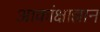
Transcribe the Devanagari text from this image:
आकांक्षाज्ञान